Indian journal of veterinary science and animal husbandry - Volume 13,
Year: 1943
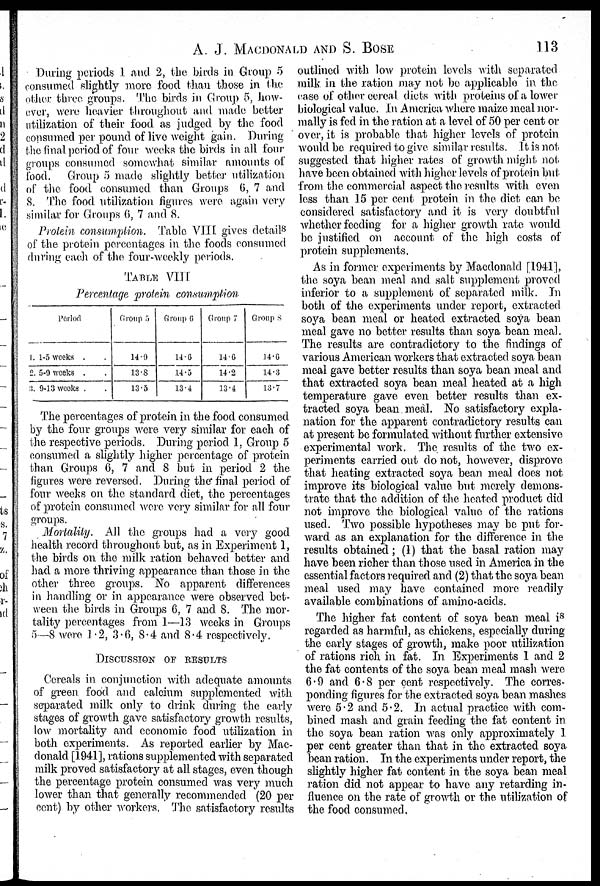
A. J. MACDONALD AND S.
BOSE
113
During periods 1 and 2, the birds in Group 5
consumed slightly more food than those in the
other three groups. The birds in Group 5, how¬
ever, were heavier throughout and made better
utilization of their food as judged by the food
consumed per pound of live weight gain. During
the final period of four weeks the birds in all four
groups consumed somewhat similar amounts of
food. Group 5 made slightly better utilization
of the food consumed than Groups 6, 7 and
8. The food utilization figures were again very
similar for Groups 6, 7 and 8.
Protein consumption. Table VIII gives details
of the protein percentages in the foods consumed
during each of the four-weekly periods.
TABLE VIII
Percentage protein consumption
Period
1. 1-5 weeks . .
2. 5-9 weeks . .
3. 9-13weeks . .
Group 5
14.9
13.8
13.5
Group 6
14.6
14.5
13.4
Group 7
14.6
14.2
13.4
Group 8
14.6
14.3
13.7
The percentages of protein in the food consumed
by the four groups were very similar for each of
the respective periods. During period 1, Group 5
consumed a slightly higher percentage of protein
than Groups 6, 7 and 8 but in period 2 the
figures were reversed. During the final period of
four weeks on the standard diet, the percentages
of protein consumed were very similar for all four
groups.
Mortality. All the groups had a very good
health record throughout but, as in Experiment 1,
the birds on the milk ration behaved better and
had a more thriving appearance than those in the
other three groups. No apparent differences
in handling or in appearance were observed bet-
ween the birds in Groups 6, 7 and 8. The mor-
tality percentages from 1—13 weeks in Groups
5—8 were 1.2, 3.6, 8.4 and 8.4 respectively.
DISCUSSION OF RESULTS
Cereals in conjunction with adequate amounts
of green food and calcium supplemented with
separated milk only to drink during the early
stages of growth gave satisfactory growth results,
low mortality and economic food utilization in
both experiments. As reported earlier by Mac-
donald [1941], rations supplemented with separated
milk proved satisfactory at all stages, even though
the percentage protein consumed was very much
lower than that generally recommended (20 per
cent) by other workers, The satisfactory results
outlined with low protein levels with separated
milk in the ration may not be applicable in the
case of other cereal diets with proteins of a lower
biological value. In America where maize meal nor-
mally is fed in the ration at a level of 50 per cent or
over, it is probable that higher levels of protein
would be required to give similar results. It is not
suggested that higher rates of growth might not
have been obtained with higher levels of protein but
from the commercial aspect the results with even
less than 15 per cent protein, in the diet can be
considered satisfactory and it is very doubtful
whether feeding for a higher growth rate would
be justified on account of the high costs of
protein supplements.
As in former experiments by Macdonald [1941],
the soya bean meal and salt supplement proved
inferior to a supplement of separated milk. In
both of the experiments under report, extracted
soya bean meal or heated extracted soya bean
meal gave no better results than soya bean meal.
The results are contradictory to the findings of
various American workers that extracted soya bean
meal gave better results than soya bean meal and
that extracted soya bean meal heated at a high
temperature gave even better results than ex-
tracted soya bean meal. No satisfactory expla-
nation for the apparent contradictory results can
at present be formulated without further extensive
experimental work. The results of the two ex-
periments carried out do not, however, disprove
that heating extracted soya bean meal does not
improve its biological value but merely demons-
trate that the addition of the heated product did
not improve the biological value of the rations
used. Two possible hypotheses may be put for-
ward as an explanation for the difference in the
results obtained; (1) that the basal ration may
have been richer than those used in America in the
essential factors required and (2) that the soya bean
meal used may have contained more readily
available combinations of amino-acids.
The higher fat content of soya bean meal is
regarded as harmful, as chickens, especially during
the early stages of growth, make poor utilization
of rations rich in fat. In Experiments 1 and 2
the fat contents of the soya bean meal mash were
6.9 and 6.8 per cent respectively. The corres-
ponding figures for the extracted soya bean mashes
were 5.2 and 5.2. In actual practice with com-
bined mash and grain feeding the fat content in
the soya bean ration was only approximately 1
per cent greater than that in the extracted soya
bean ration. In the experiments under report, the
slightly higher fat content in the soya bean meal
ration did not appear to have any retarding in-
fluence on the rate of growth or the utilization of
the food consumed.